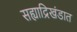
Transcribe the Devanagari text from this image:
सह्याद्रिखंडात